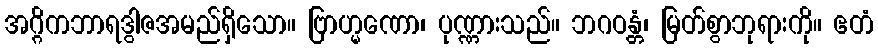
အဂ္ဂိကဘာရဒွါဇအမည်ရှိသော။ ဗြာဟ္မဏော၊ ပုဏ္ဏားသည်။ ဘဂဝန္တံ၊ မြတ်စွာဘုရားကို။ ဧတံ